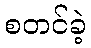
စတင်ခဲ့